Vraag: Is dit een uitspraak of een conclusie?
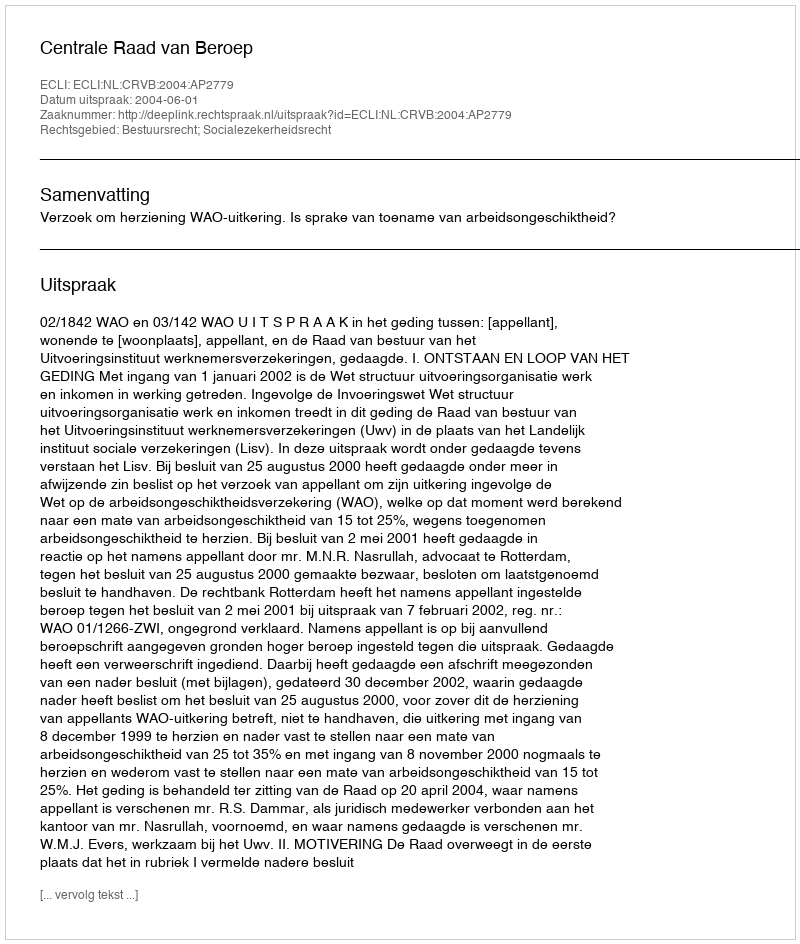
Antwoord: Uitspraak